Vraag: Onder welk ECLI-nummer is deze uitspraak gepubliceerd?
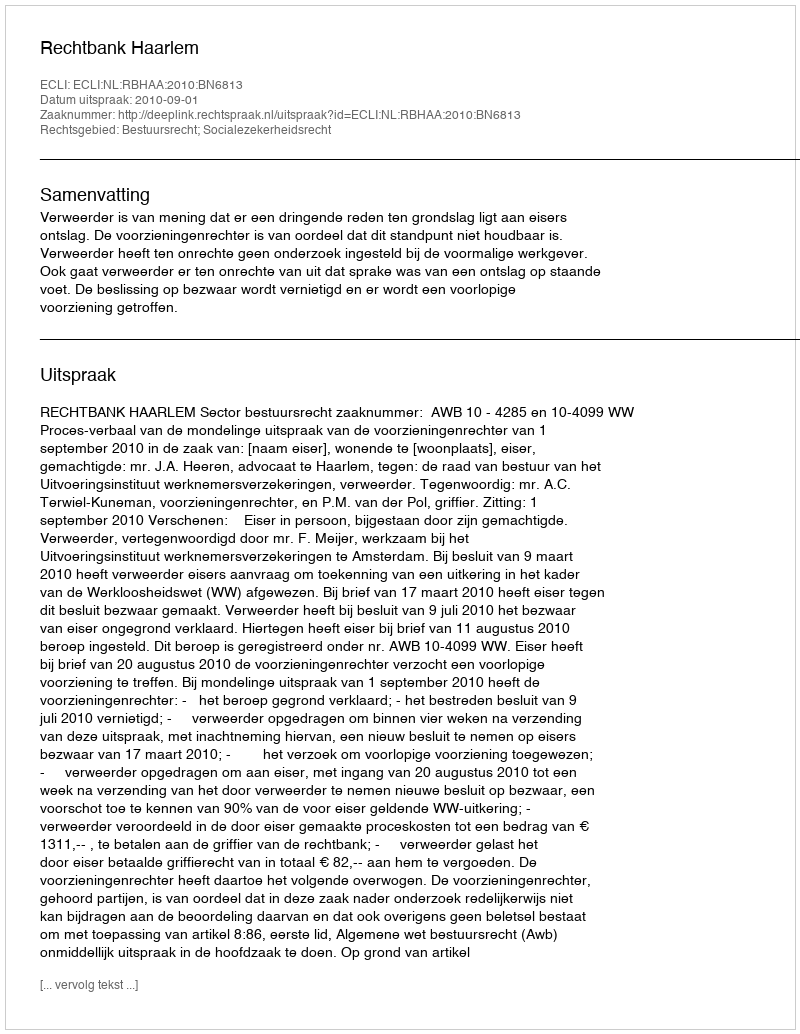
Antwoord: ECLI:NL:RBHAA:2010:BN6813